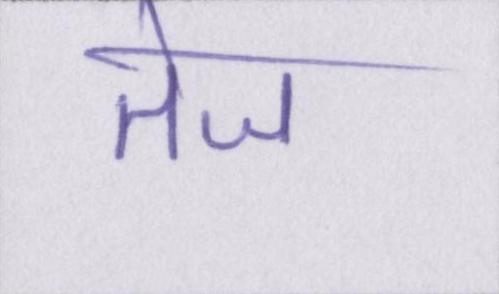
तेज